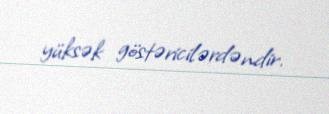
yüksək göstəricilərdəndir.